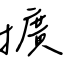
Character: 擴